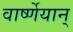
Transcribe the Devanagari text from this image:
वार्ष्णेयान्‌